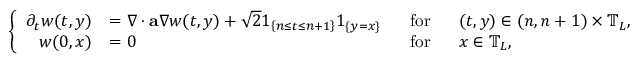
\left\{ \begin{array} { r l r l } { \partial _ { t } w ( t , y ) } & { = \nabla \cdot \mathbf { a } \nabla w ( t , y ) + \sqrt { 2 } { \boldsymbol { 1 } } _ { \left\{ n \leq t \leq n + 1 \right\} } { \boldsymbol { 1 } } _ { \{ y = x \} } } & { ~ ~ \mathrm { f o r } } & { ~ ~ ( t , y ) \in ( n , n + 1 ) \times \mathbb { T } _ { L } , } \\ { w ( 0 , x ) } & { = 0 } & { \mathrm { f o r } } & { ~ ~ x \in \mathbb { T } _ { L } , } \end{array} \right.